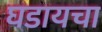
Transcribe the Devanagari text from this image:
घडायचा